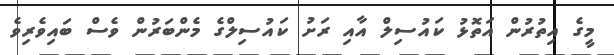
މީގެ އިތުރުން އަތޮޅު ކައުސިލް އާއި ރަށު ކައުސިލްގެ މެންބަރުން ވެސް ބައިވެރިވެ